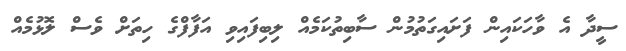
ސީދާ އެ ވާހަކައިން ފަށައިގަތުމުން ސާބިތުކަމެއް ލިބިފައިވި އަފާފްގެ ހިތަށް ވެސް ލޮޅުމެއް